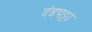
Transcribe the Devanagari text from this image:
दंडपट्टा